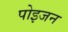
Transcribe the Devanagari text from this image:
पोइजन